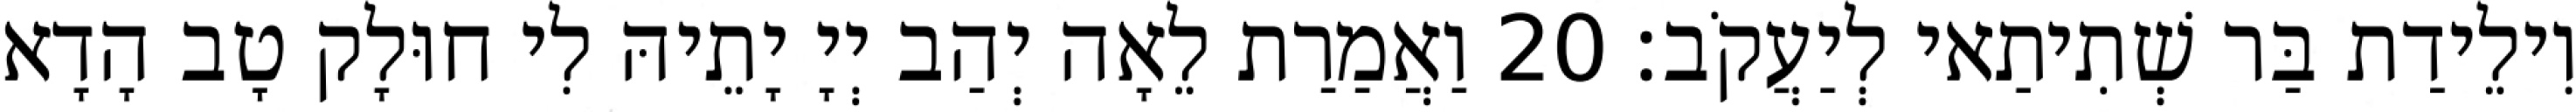
וִילֵידַת בַּר שְׁתִיתַאי לְיַעֲקֹב׃ 20 וַאֲמַרַת לֵאָה יְהַב יְיָ יָתֵיהּ לִי חוּלָק טָב הָדָא